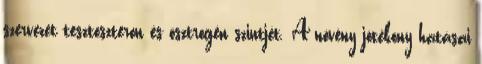
szervezet tesztoszteron és ösztrogén szintjét. A növény jótékony hatásai